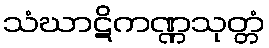
သံဃာဋိကဏ္ဏသုတ္တံ